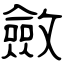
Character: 斂